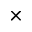
\times